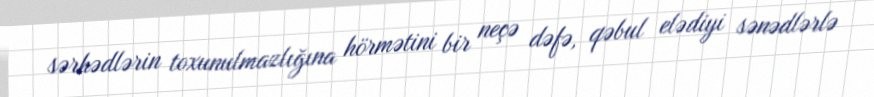
sərhədlərin toxunulmazlığına hörmətini bir neçə dəfə, qəbul elədiyi sənədlərlə